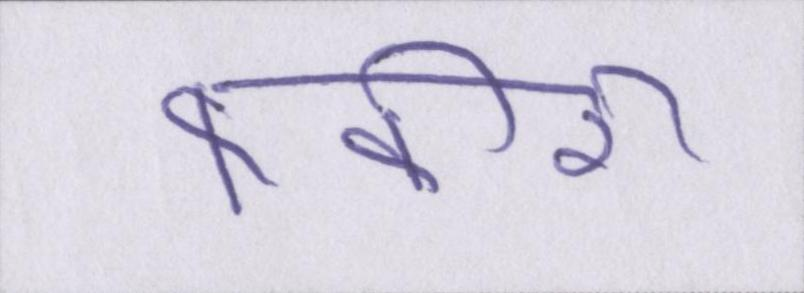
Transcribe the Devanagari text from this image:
फकीरी